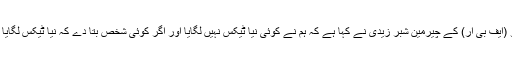
فیڈرل بورڈ آف ریونیو (ایف بی آر) کے چیرمین شبر زیدی نے کہا ہے کہ ہم نے کوئی نیا ٹیکس نہیں لگایا اور اگر کوئی شخص بتا دے کہ نیا ٹیکس لگایا ابھی واپس لے لوں گا۔